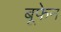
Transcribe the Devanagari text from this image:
बूफेन